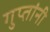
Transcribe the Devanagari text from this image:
गुप्तांनी